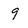
Character: 9